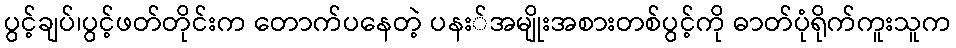
ပွင့်ချပ်၊ပွင့်ဖတ်တိုင်းက တောက်ပနေတဲ့ ပနး်အမျိုးအစားတစ်ပွင့်ကို ဓာတ်ပုံရိုက်ကူးသူက